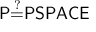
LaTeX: \mathsf { P { \overset { ? } { = } } P S P A C E }